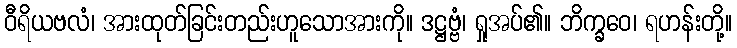
ဝီရိယဗလံ၊ အားထုတ်ခြင်းတည်းဟူသောအားကို။ ဒဋ္ဌဗ္ဗံ၊ ရှုအပ်၏။ ဘိက္ခဝေ၊ ရဟန်းတို့။